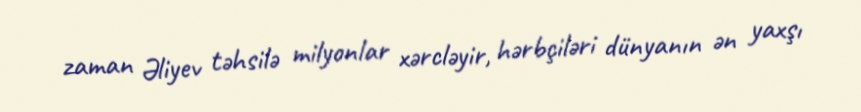
zaman Əliyev təhsilə milyonlar xərcləyir, hərbçiləri dünyanın ən yaxşı